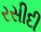
રસીદી